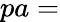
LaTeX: pa=